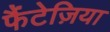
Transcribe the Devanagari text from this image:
फैंटेज़िया